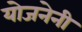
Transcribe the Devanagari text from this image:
योजनेनी